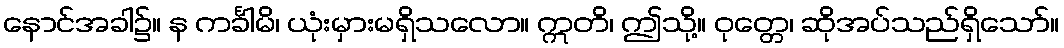
နောင်အခါ၌။ န ကင်္ခါမိ၊ ယုံးမှားမရှိသလော။ ဣတိ၊ ဤသို့။ ဝုတ္တေ၊ ဆိုအပ်သည်ရှိသော်။